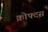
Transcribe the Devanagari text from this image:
क्रोफ्टस